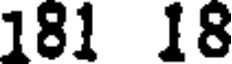
181 18